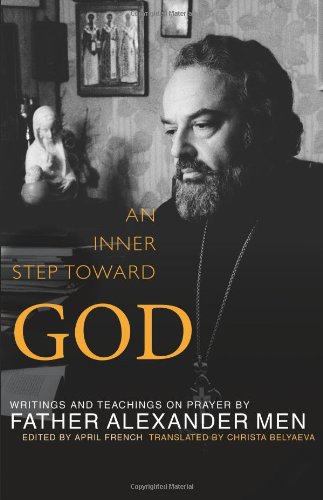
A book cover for An Inner Step Toward God: Writings and Teachings on Prayer by Father Alexander Men; Father Alexander Men; Christian Books & Bibles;